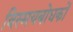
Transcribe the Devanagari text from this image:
विस्मयबोधकों